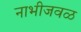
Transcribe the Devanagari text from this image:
नाभीजवळ